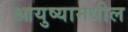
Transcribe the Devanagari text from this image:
आयुष्यामधील